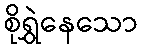
စိုရွှဲနေသော